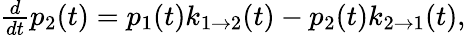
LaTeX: \begin{array}{r}{\frac{d}{dt}p_{2}(t)=p_{1}(t)k_{1\rightarrow 2}(t)-p_{2}(t)k_{2\rightarrow 1}(t),}\end{array}